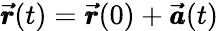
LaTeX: \pmb{\vec{r}}(t)=\pmb{\vec{r}}(0)+\pmb{\vec{a}}(t)